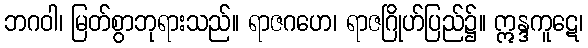
ဘဂဝါ၊ မြတ်စွာဘုရားသည်။ ရာဇဂဟေ၊ ရာဇဂြိုဟ်ပြည်၌။ ဣန္ဒကူဋေ၊